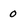
Character: o